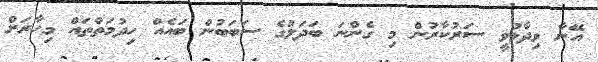
އޭނާ ވިދާޅުވީ ސަރުކާރުން މި ގެންނަ ބަދަލުގެ ސަބަބުން ބައެއް ހިދުމަތްތައް މިހާރަށް